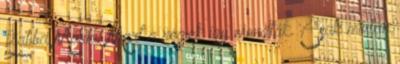
Babba Mária. Mert a régiek így mondták. Csak miután